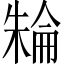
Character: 𣘈